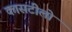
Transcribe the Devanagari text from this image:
कासटीलो